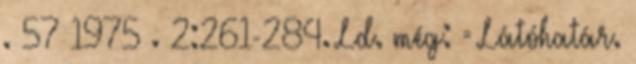
. 57 1975 . 2:261-284. Ld. még: = Látóhatár.